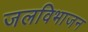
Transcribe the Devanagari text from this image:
जलविभाजन